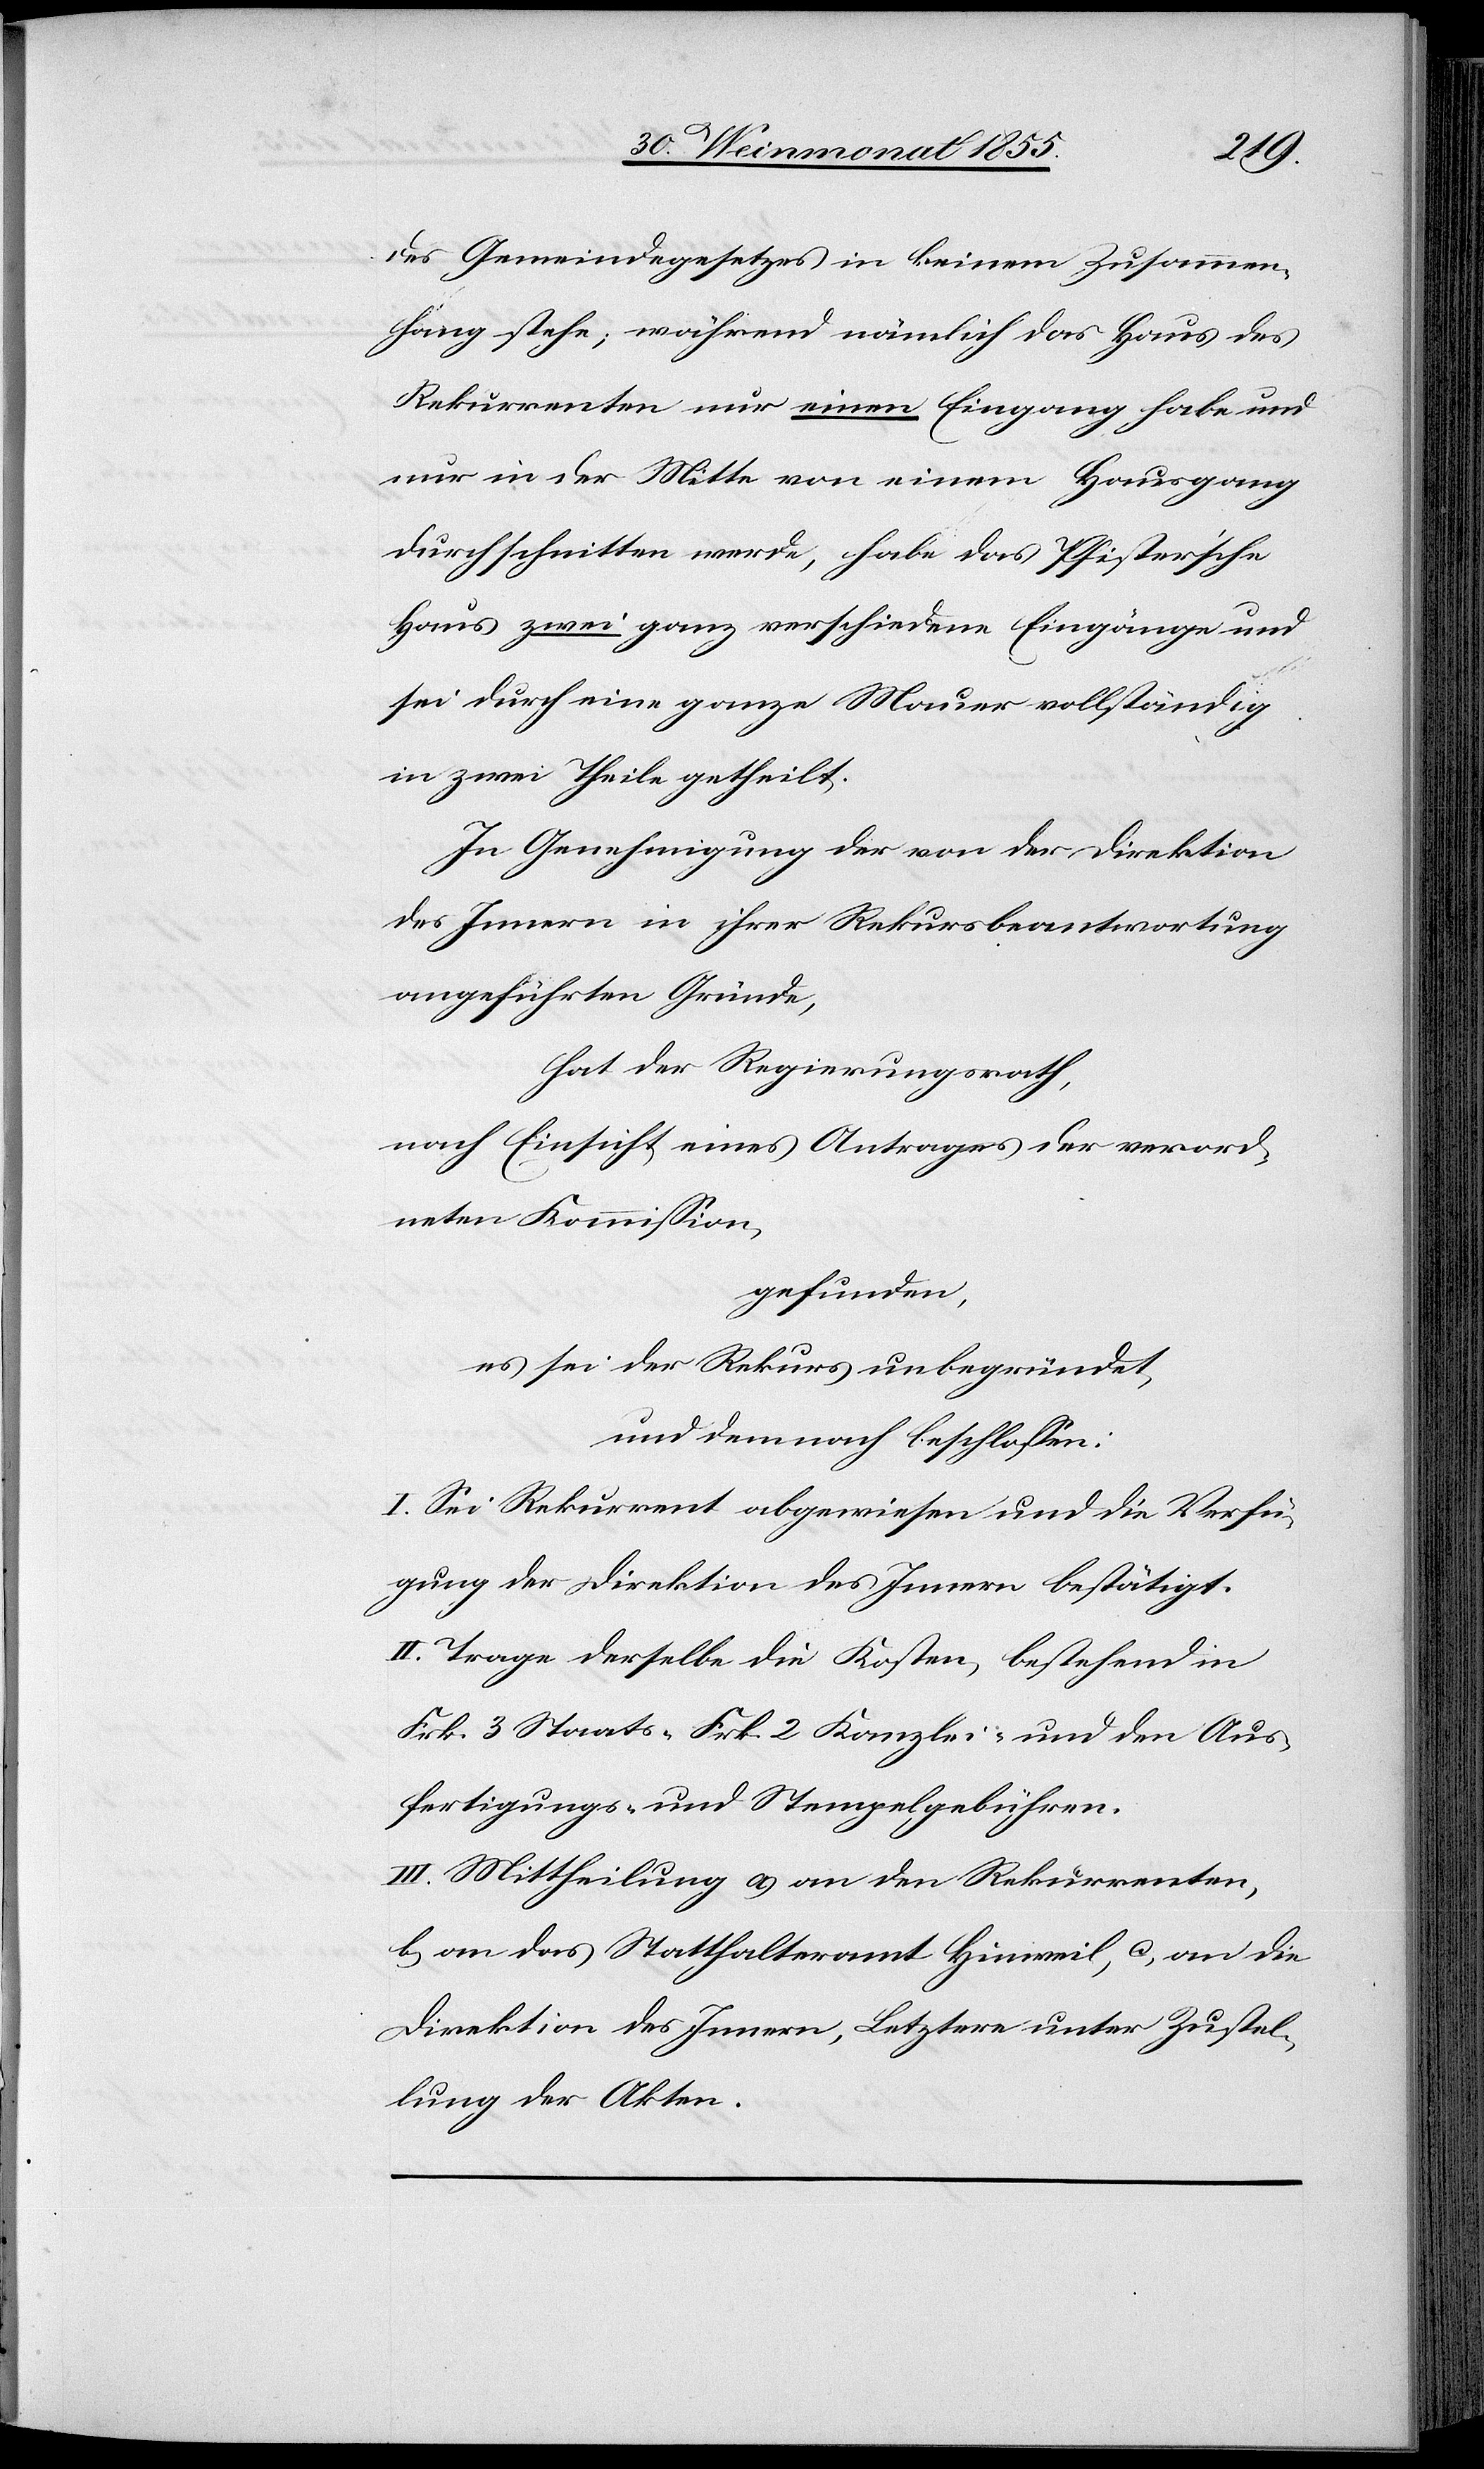
des Gemeindegesetzes in keinem Zusammen¬
hang stehe; während nämlich das Haus des
Rekurrenten nur einen Eingang habe und
nur in der Mitte von einem Hausgang
durchschnitten werde, habe das Pfister’sche
Haus zwei ganz verschiedene Eingänge und
sei durch eine ganze Mauer vollständig
in zwei Theile getheilt.
In Genehmigung der von der Direktion
des Innern in ihrer Rekursbeantwortung
angeführten Gründe,
hat der Regierungsrath,
nach Einsicht eines Antrages der verord¬
neten Kommission,
gefunden,
es sei der Rekurs unbegründet,
und demnach beschlossen:
I. Sei Rekurrent abgewiesen und die Verfü¬
gung der Direktion des Innern bestätigt.
II. Trage derselbe die Kosten, bestehend in
Frk. 3 Staats-[,] Frk. 2 Kanzlei- und den Aus¬
fertigungs- und Stempelgebühren.
III. Mittheilung a) an den Rekurrenten,
b) an das Statthalteramt Hinweil, c) an die
Direktion des Innern, Letztere unter Zustel¬
lung der Akten.